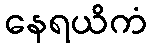
နေရယိကံ